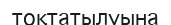
тоқтатылуына